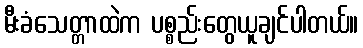
မီးခံသေတ္တာထဲက ပစ္စည်းတွေယူချင်ပါတယ်။